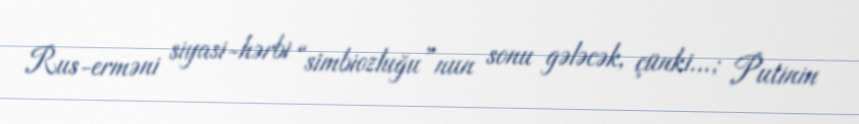
Rus-erməni siyasi-hərbi “simbiozluğu”nun sonu gələcək, çünki...; Putinin